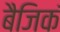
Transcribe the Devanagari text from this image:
बैजिकं